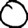
Digit: 0